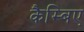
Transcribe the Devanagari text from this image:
कैम्बिए